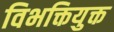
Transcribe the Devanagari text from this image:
विभक्तियुक्त